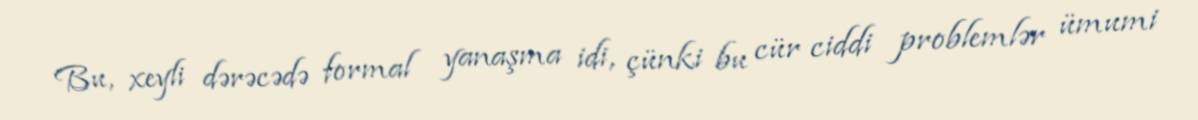
Bu, xeyli dərəcədə formal yanaşma idi, çünki bu cür ciddi problemlər ümumi